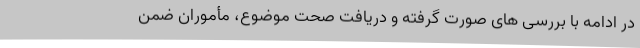
در ادامه با بررسی های صورت گرفته و دریافت صحت موضوع، مأموران ضمن